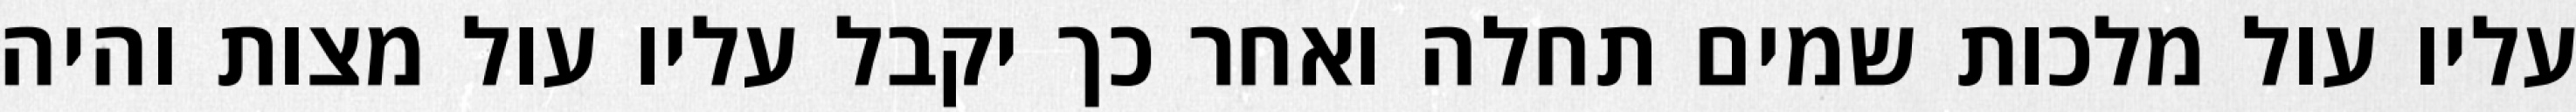
עליו עול מלכות שמים תחלה ואחר כך יקבל עליו עול מצות והיה